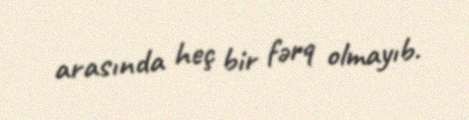
arasında heç bir fərq olmayıb.